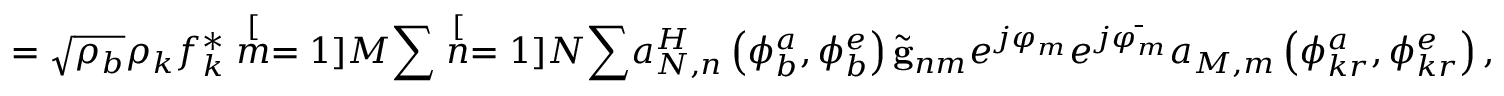
= \sqrt { \rho _ { b } } \rho _ { k } f _ { k } ^ { * } \stackrel [ m = 1 ] { M } { \sum } \stackrel [ n = 1 ] { N } { \sum } a _ { N , n } ^ { H } \left( \phi _ { b } ^ { a } , \phi _ { b } ^ { e } \right) \tilde { \mathbf { g } } _ { n m } e ^ { j \varphi _ { m } } e ^ { j \bar { \varphi _ { m } } } a _ { M , m } \left( \phi _ { k r } ^ { a } , \phi _ { k r } ^ { e } \right) ,